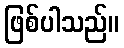
ဖြစ်ပါသည်။